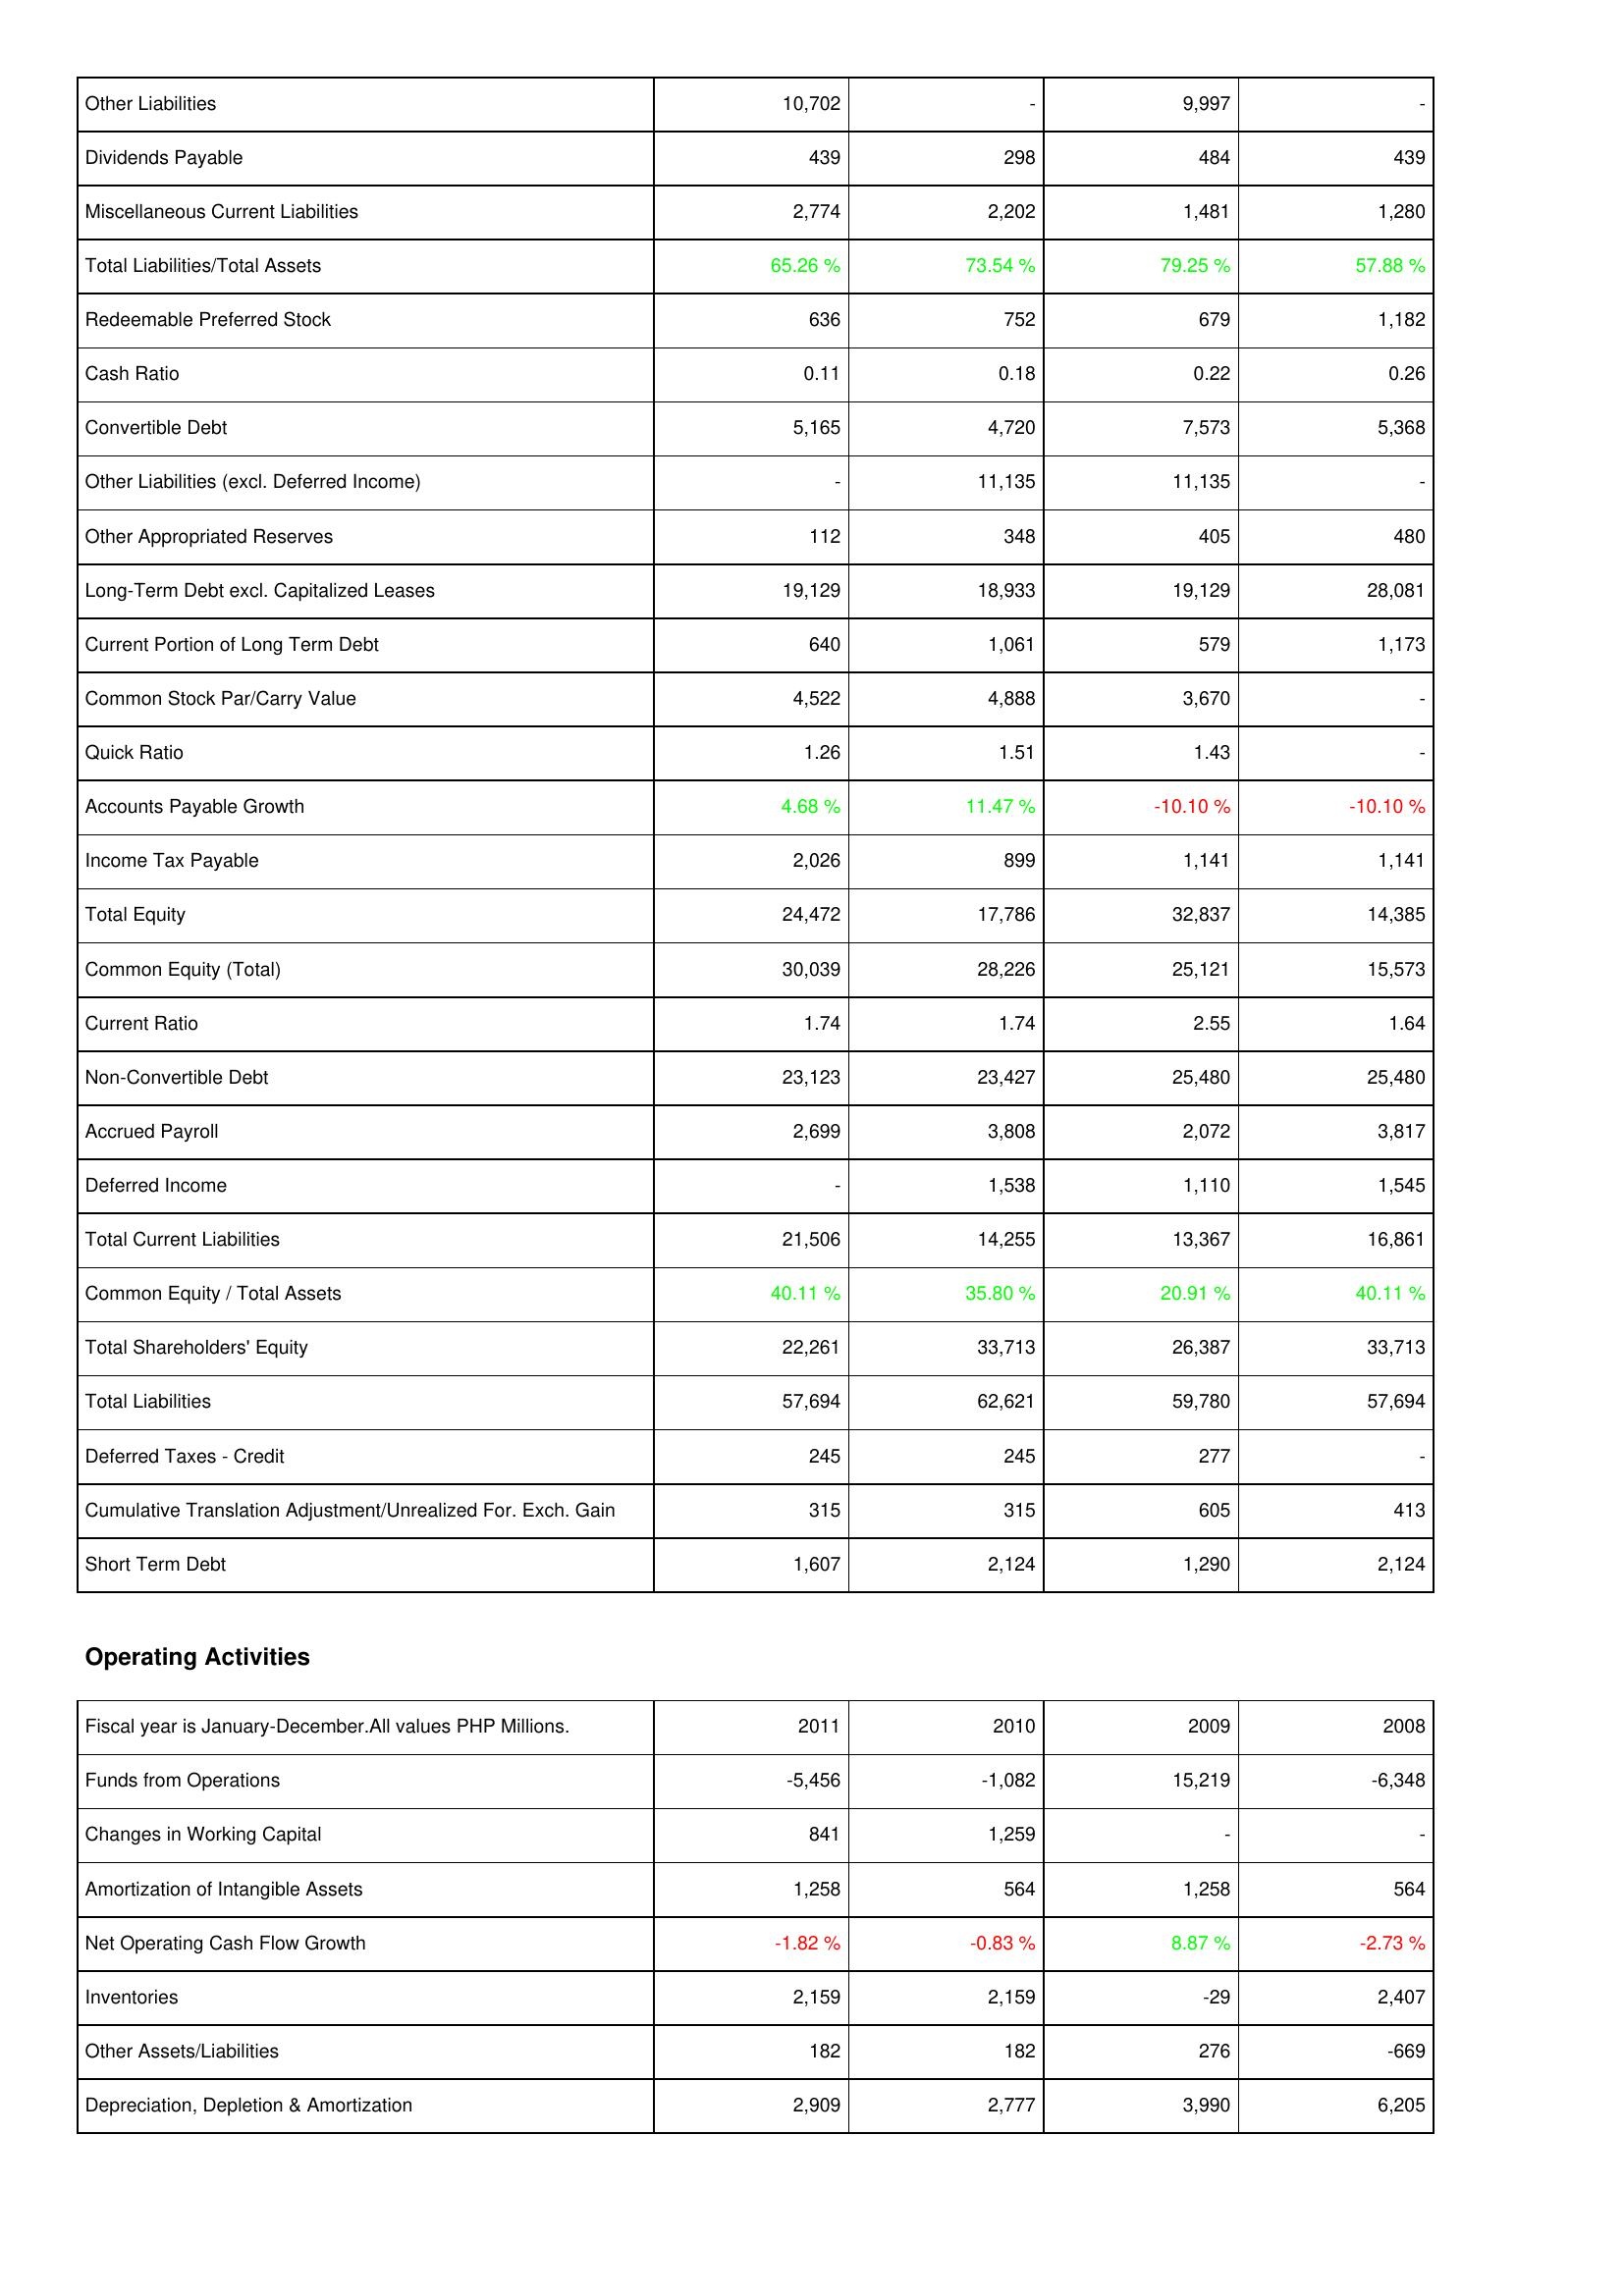
2011: Liabilities & Shareholders' Equity: Other Liabilities: 10,702
Dividends Payable: 439
Miscellaneous Current Liabilities: 2,774
Total Liabilities/Total Assets: 65.26 %
Redeemable Preferred Stock: 636
Cash Ratio: 0.11
Convertible Debt: 5,165
Other Liabilities (excl. Deferred Income): -
Other Appropriated Reserves: 112
Long-Term Debt excl. Capitalized Leases: 19,129
Current Portion of Long Term Debt: 640
Common Stock Par/Carry Value: 4,522
Quick Ratio: 1.26
Accounts Payable Growth: 4.68 %
Income Tax Payable: 2,026
Total Equity: 24,472
Common Equity (Total): 30,039
Current Ratio: 1.74
Non-Convertible Debt: 23,123
Accrued Payroll: 2,699
Deferred Income: -
Total Current Liabilities: 21,506
Common Equity / Total Assets: 40.11 %
Total Shareholders' Equity: 22,261
Total Liabilities: 57,694
Deferred Taxes - Credit: 245
Cumulative Translation Adjustment/Unrealized For. Exch. Gain: 315
Short Term Debt: 1,607
Operating Activities: Funds from Operations: -5,456
Changes in Working Capital: 841
Amortization of Intangible Assets: 1,258
Net Operating Cash Flow Growth: -1.82 %
Inventories: 2,159
Other Assets/Liabilities: 182
Depreciation, Depletion & Amortization: 2,909
2010: Liabilities & Shareholders' Equity: Other Liabilities: -
Dividends Payable: 298
Miscellaneous Current Liabilities: 2,202
Total Liabilities/Total Assets: 73.54 %
Redeemable Preferred Stock: 752
Cash Ratio: 0.18
Convertible Debt: 4,720
Other Liabilities (excl. Deferred Income): 11,135
Other Appropriated Reserves: 348
Long-Term Debt excl. Capitalized Leases: 18,933
Current Portion of Long Term Debt: 1,061
Common Stock Par/Carry Value: 4,888
Quick Ratio: 1.51
Accounts Payable Growth: 11.47 %
Income Tax Payable: 899
Total Equity: 17,786
Common Equity (Total): 28,226
Current Ratio: 1.74
Non-Convertible Debt: 23,427
Accrued Payroll: 3,808
Deferred Income: 1,538
Total Current Liabilities: 14,255
Common Equity / Total Assets: 35.80 %
Total Shareholders' Equity: 33,713
Total Liabilities: 62,621
Deferred Taxes - Credit: 245
Cumulative Translation Adjustment/Unrealized For. Exch. Gain: 315
Short Term Debt: 2,124
Operating Activities: Funds from Operations: -1,082
Changes in Working Capital: 1,259
Amortization of Intangible Assets: 564
Net Operating Cash Flow Growth: -0.83 %
Inventories: 2,159
Other Assets/Liabilities: 182
Depreciation, Depletion & Amortization: 2,777
2009: Liabilities & Shareholders' Equity: Other Liabilities: 9,997
Dividends Payable: 484
Miscellaneous Current Liabilities: 1,481
Total Liabilities/Total Assets: 79.25 %
Redeemable Preferred Stock: 679
Cash Ratio: 0.22
Convertible Debt: 7,573
Other Liabilities (excl. Deferred Income): 11,135
Other Appropriated Reserves: 405
Long-Term Debt excl. Capitalized Leases: 19,129
Current Portion of Long Term Debt: 579
Common Stock Par/Carry Value: 3,670
Quick Ratio: 1.43
Accounts Payable Growth: -10.10 %
Income Tax Payable: 1,141
Total Equity: 32,837
Common Equity (Total): 25,121
Current Ratio: 2.55
Non-Convertible Debt: 25,480
Accrued Payroll: 2,072
Deferred Income: 1,110
Total Current Liabilities: 13,367
Common Equity / Total Assets: 20.91 %
Total Shareholders' Equity: 26,387
Total Liabilities: 59,780
Deferred Taxes - Credit: 277
Cumulative Translation Adjustment/Unrealized For. Exch. Gain: 605
Short Term Debt: 1,290
Operating Activities: Funds from Operations: 15,219
Changes in Working Capital: -
Amortization of Intangible Assets: 1,258
Net Operating Cash Flow Growth: 8.87 %
Inventories: -29
Other Assets/Liabilities: 276
Depreciation, Depletion & Amortization: 3,990
2008: Liabilities & Shareholders' Equity: Other Liabilities: -
Dividends Payable: 439
Miscellaneous Current Liabilities: 1,280
Total Liabilities/Total Assets: 57.88 %
Redeemable Preferred Stock: 1,182
Cash Ratio: 0.26
Convertible Debt: 5,368
Other Liabilities (excl. Deferred Income): -
Other Appropriated Reserves: 480
Long-Term Debt excl. Capitalized Leases: 28,081
Current Portion of Long Term Debt: 1,173
Common Stock Par/Carry Value: -
Quick Ratio: -
Accounts Payable Growth: -10.10 %
Income Tax Payable: 1,141
Total Equity: 14,385
Common Equity (Total): 15,573
Current Ratio: 1.64
Non-Convertible Debt: 25,480
Accrued Payroll: 3,817
Deferred Income: 1,545
Total Current Liabilities: 16,861
Common Equity / Total Assets: 40.11 %
Total Shareholders' Equity: 33,713
Total Liabilities: 57,694
Deferred Taxes - Credit: -
Cumulative Translation Adjustment/Unrealized For. Exch. Gain: 413
Short Term Debt: 2,124
Operating Activities: Funds from Operations: -6,348
Changes in Working Capital: -
Amortization of Intangible Assets: 564
Net Operating Cash Flow Growth: -2.73 %
Inventories: 2,407
Other Assets/Liabilities: -669
Depreciation, Depletion & Amortization: 6,205